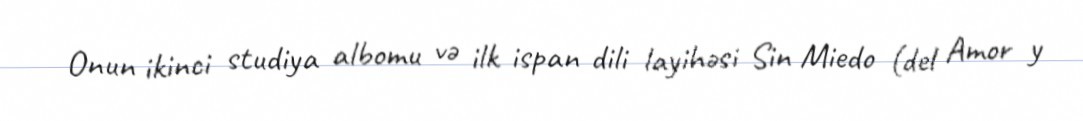
Onun ikinci studiya albomu və ilk ispan dili layihəsi Sin Miedo (del Amor y